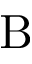
\mathrm { B }